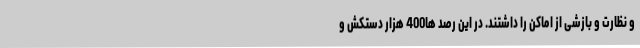
و نظارت و بازشی از اماکن را داشتند. در این رصد ها400 هزار دستکش و